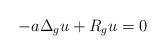
LaTeX: \begin{align*}-a\Delta_g u+R_g u=0\end{align*}